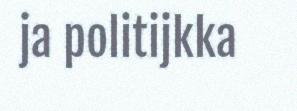
ja politijkka